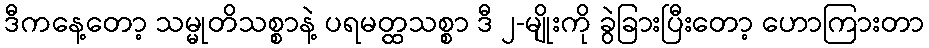
ဒီကနေ့တော့ သမ္မုတိသစ္စာနဲ့ ပရမတ္ထသစ္စာ ဒီ ၂-မျိုးကို ခွဲခြားပြီးတော့ ဟောကြားတာ